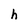
Character: h